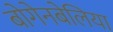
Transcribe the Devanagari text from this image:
बोगेनबेलिया